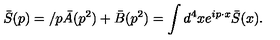
\bar { S } ( p ) = \slash p \bar { A } ( p ^ { 2 } ) + \bar { B } ( p ^ { 2 } ) = \int d ^ { 4 } x e ^ { i p \cdot x } \bar { S } ( x ) .